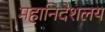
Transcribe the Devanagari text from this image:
महानिदेशलय